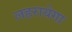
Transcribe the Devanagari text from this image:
लहरायेगा